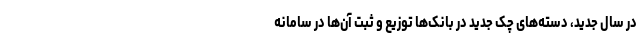
در سال جدید، دسته‌های چک جدید در بانک‌ها توزیع و ثبت آن‌ها در سامانه